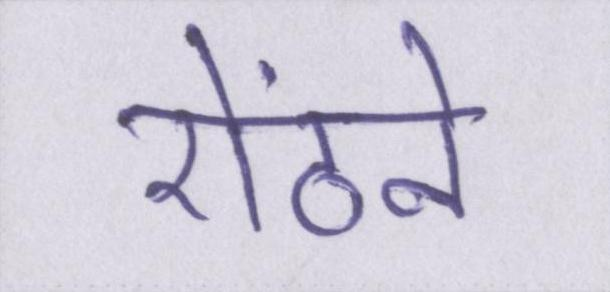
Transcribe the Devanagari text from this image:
ऐंठने